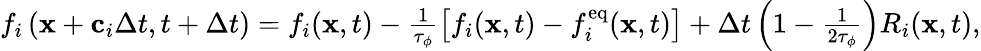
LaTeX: \begin{array}{r}{f_{i}\left(\mathbf{x}+\mathbf{c}_{i}\Delta t,t+\Delta t\right)=f_{i}(\mathbf{x},t)-\frac{1}{\tau_{\phi}}\left[f_{i}(\mathbf{x},t)-f_{i}^{\mathrm{eq}}(\mathbf{x},t)\right]+\Delta t\left(1-\frac{1}{2\tau_{\phi}}\right)R_{i}(\mathbf{x},t),}\end{array}